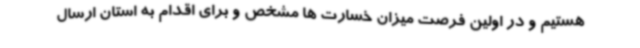
هستیم و در اولین فرصت میزان خسارت ها مشخص و برای اقدام به استان ارسال